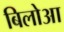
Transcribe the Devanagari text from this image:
बिलोआ